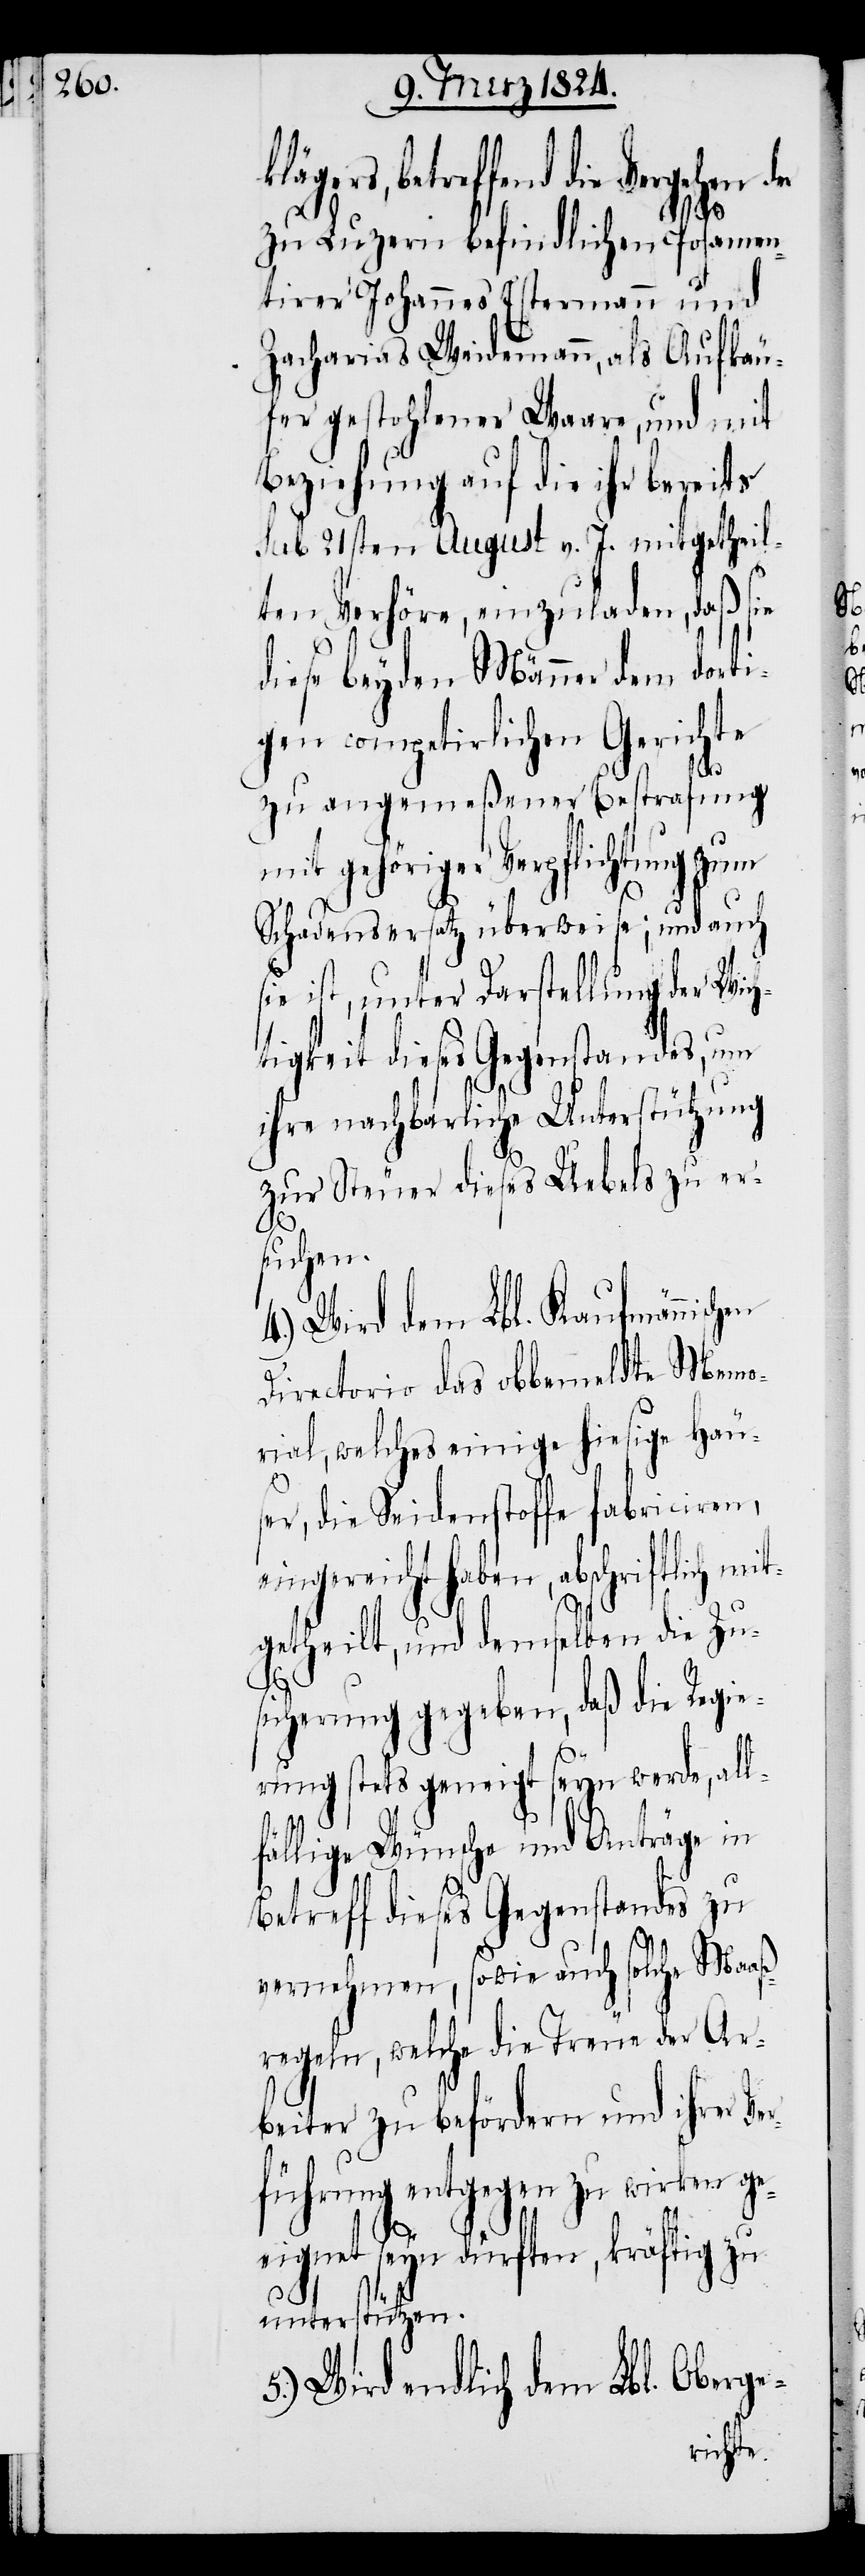
ers, betreffend die Vergehen
zu Luzern befindlichen Posamen¬
tirer Johannes Estermann und
Zacharis Weidemann, als Aufkäu¬
fer gestohlener Waare, und mit
Beziehung auf die ihr bereits
sub 21sten August v. J. mitgetheil¬
ten Verhöre, einzuladen, daß sie
diese beyden Männer dem dorti¬
gen competirlichen Gerichte
zu angemeßener Bestrafung
mit gehöriger Verpflichtung zum
Schadensersatz überweise; und auch
sie ist, unter Darstellung der Wich¬
tigkeit dieses Gegenstandes, um
ihre nachbarliche Unterstützung
zur Steuer dieses Uebels zu er¬
suchen.
4.) Wird dem Lbl. Kaufmännischen
Directorio das obbemeldte Memo¬
rial, welches einige hiesige Häus¬
er, die Seidenstoffe fabriciren,
eingereicht haben, abschriftlich mit¬
getheilt, und demselben die Zu¬
kläg¬
sicherung gegeben, daß die Regie¬
rung stets geneigt seyn werde, all¬
fällige Wünsche und Anträge in
Betreff dieses Gegenstandes zu
vernehmen, sowie auch solche Maaß¬
regeln, welche die Treue der Ar¬
beiter zu befördern und ihrer Ve¬
rführung entgegen zu wirken ge¬
eignet seyn dürften, kräftig zu
unterstützen.
5.) Wird endlich dem Lbl. Oberge-